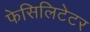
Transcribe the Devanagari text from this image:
फेसिलिटेटर